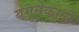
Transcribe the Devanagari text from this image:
यमुनेकाठी